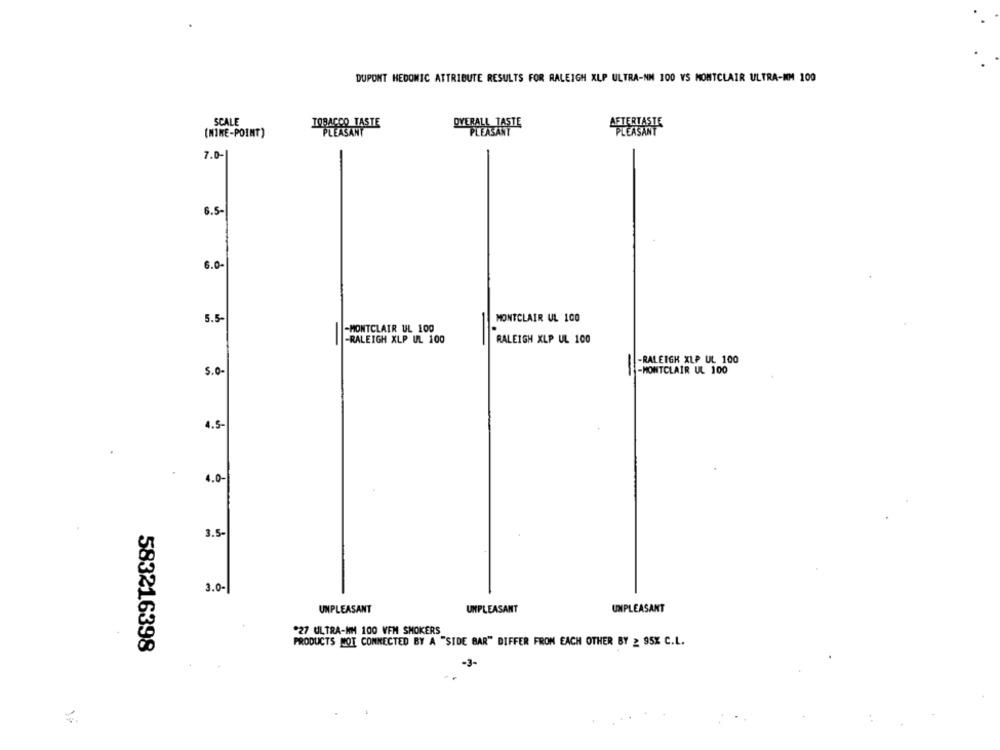
DUPONT HEDONIC ATTRIBUTE RESULTS FOR RALEIGH XLP ULTRA-NM 100 VS MONTCLAIR ULTRA-MM 100
SCALE
TOBACCO TASTE
OVERALL TASTE
AFTERTASTE
(MINE-POINT)
PLEASANT
7.0-
6.5-
6.0-
5.5-
MONTCLAIR UL 100
-MONTCLAIR UL 100
-RALEIGH XLP UL 100
RALEIGH XLP UL 100
-RALEIGH XLP UL 100
5.0-
-MONTCLAIR UL 100
=
4.5
4.0-
3.5-
3.0-
UNPLEASANT
UNPLEASANT
UNPLEASANT
*27 ULTRA-MM 100 VFM SMOKERS
PRODUCTS NOT CONNECTED BY A "SIDE BAR" DIFFER FROM EACH OTHER BY 2 95% C.L.
583216398
-3-